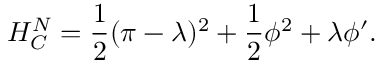
{ \cal { H } } _ { C } ^ { N } = \frac { 1 } { 2 } ( \pi - \lambda ) ^ { 2 } + \frac { 1 } { 2 } \phi ^ { 2 } + \lambda \phi ^ { \prime } .